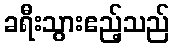
ခရီးသွားဧည့်သည်